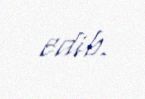
edib.